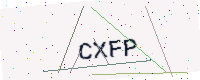
Text: CXFP